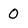
Character: 0